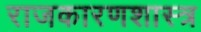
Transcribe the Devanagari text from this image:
राजकारणशास्त्र